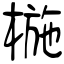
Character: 椸